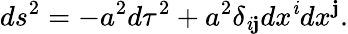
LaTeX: ds^{2}=-a^{2}d\tau^{2}+a^{2}\delta_{\mathit{i}\mathbf{j}}dx^{\mathit{i}}dx^{\mathbf{j}}.